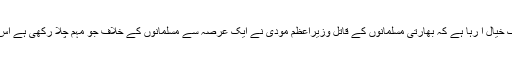
میرے ذہن کے کسی دور دراز گوشے میں بار بار ایک خیال آ رہا ہے کہ بھارتی مسلمانوں کے قاتل وزیراعظم مودی نے ایک عرصہ سے مسلمانوں کے خلاف جو مہم چلا رکھی ہے اس کے اثرات دنیا بھرمیں ادھر ادھر بھی پھیل رہے ہیں۔